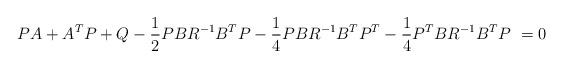
LaTeX: \begin{align*} PA+A^TP+Q-\frac{1}{2} PBR^{-1}B^{T}P -\frac{1}{4} PBR^{-1}B^{T}P^T - \frac{1}{4} P^TBR^{-1}B^{T}P \ =0 \end{align*}